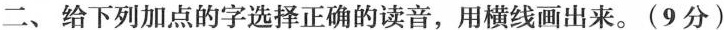
二、给下列加点的字选择正确的读音，用横线画出来。(9分)